Annual report of the Prince of Wales Medical College, Patna
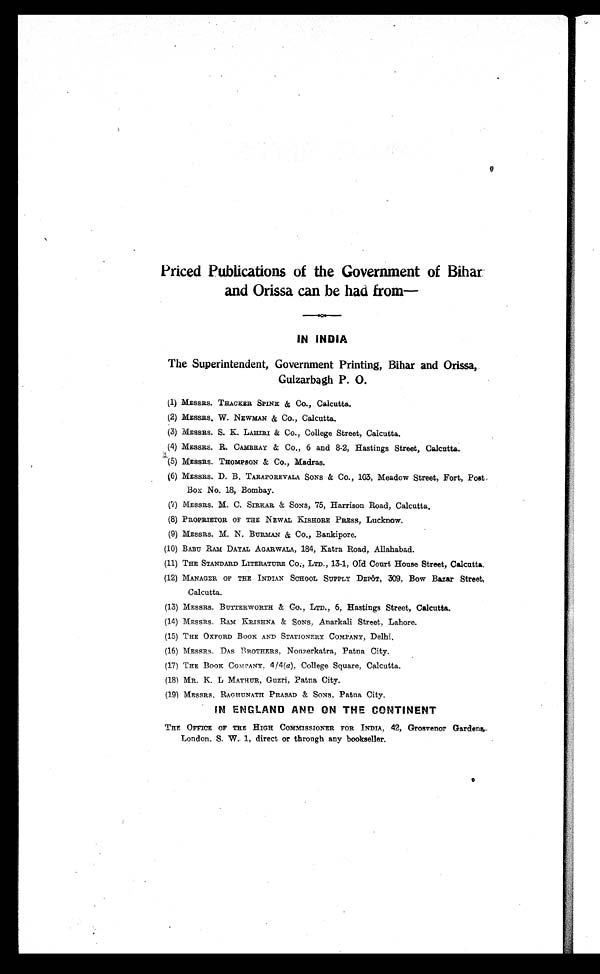
Priced Publications of the Government of Bihar
and Orissa can be had from
—
IN INDIA
The Superintendent, Government Printing, Bihar and Orissa,
Gulzarbagh P. O.
(1) MESSRS. THACKER SPINE & Co ., Calcutta.
(2) MESSRS. W. NEWMAN & Co., Calcutta.
(3) MESSRS. S. K. LAHIRI & Co., College Street, Calcutta.
(4) MESSRS. R. CAMBRAY & Co ., 6 and 8-2, Hastings Street, Calcutta.
(5) MESSRS. THOMPSON & Co., Madras.
(6) MESSRS . D. B. TARAPOREVALA SONS & Co., 103, Meadow Street, Fort, Post
Box No. 18, Bombay.
(7) MESSRS. M. C. SIRKAR & SONS , 75, Harrison Road, Calcutta
.
(8) PROPRIETOR OF THE NEWAL KISHORE PRESS,Lucknow
.
(9)MESSRS. M. N. BURMAN & Co., Bankipore.
(10) BABU RAs DAYAL AGARWALA , 184, Katra Road, Allahabad.
(11) THE STANDARD LITERATURE CO., LTD. , 13-1, old Court House Street, Calcutta.
(12) MANAGER OF THE INDIAN SCHOOL SUPPLY DEPôT , 309, Bow Bazar Street,
Calcutta
.
(13) MESSRS. BUTTERWORTH & CO., LTD., 6, Hastings Street, Calcutta .
(14) MESSRS. RAM KRISHNA & SONS , Anarkali Street, Lahore.
(15) THE OXFORD BOOK AND STATIONERY COMPANY , Delhi.
(16) MESSRS. DAs BROTHERS , Nouzerkatra, Patna City.
(17) THE BooK COMPANY, 4/4( a), College Square, Calcutta.
(18) MR. K. L MATHUR , Guzri, Patna City.
(19) MESSRS. RAGHUNATH PRASAD & SONS , Patna City.
IN ENGLAND AND ON THE CONTINENT
THE OFFICE OF THE HIGH COMMISSIONER FOR INDIA, 42, Grosvenor Gardens,
London, S. W. 1, direct or through any bookseller.